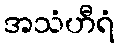
အသံဟီရံ